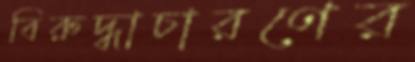
বিরুদ্ধাচারণের